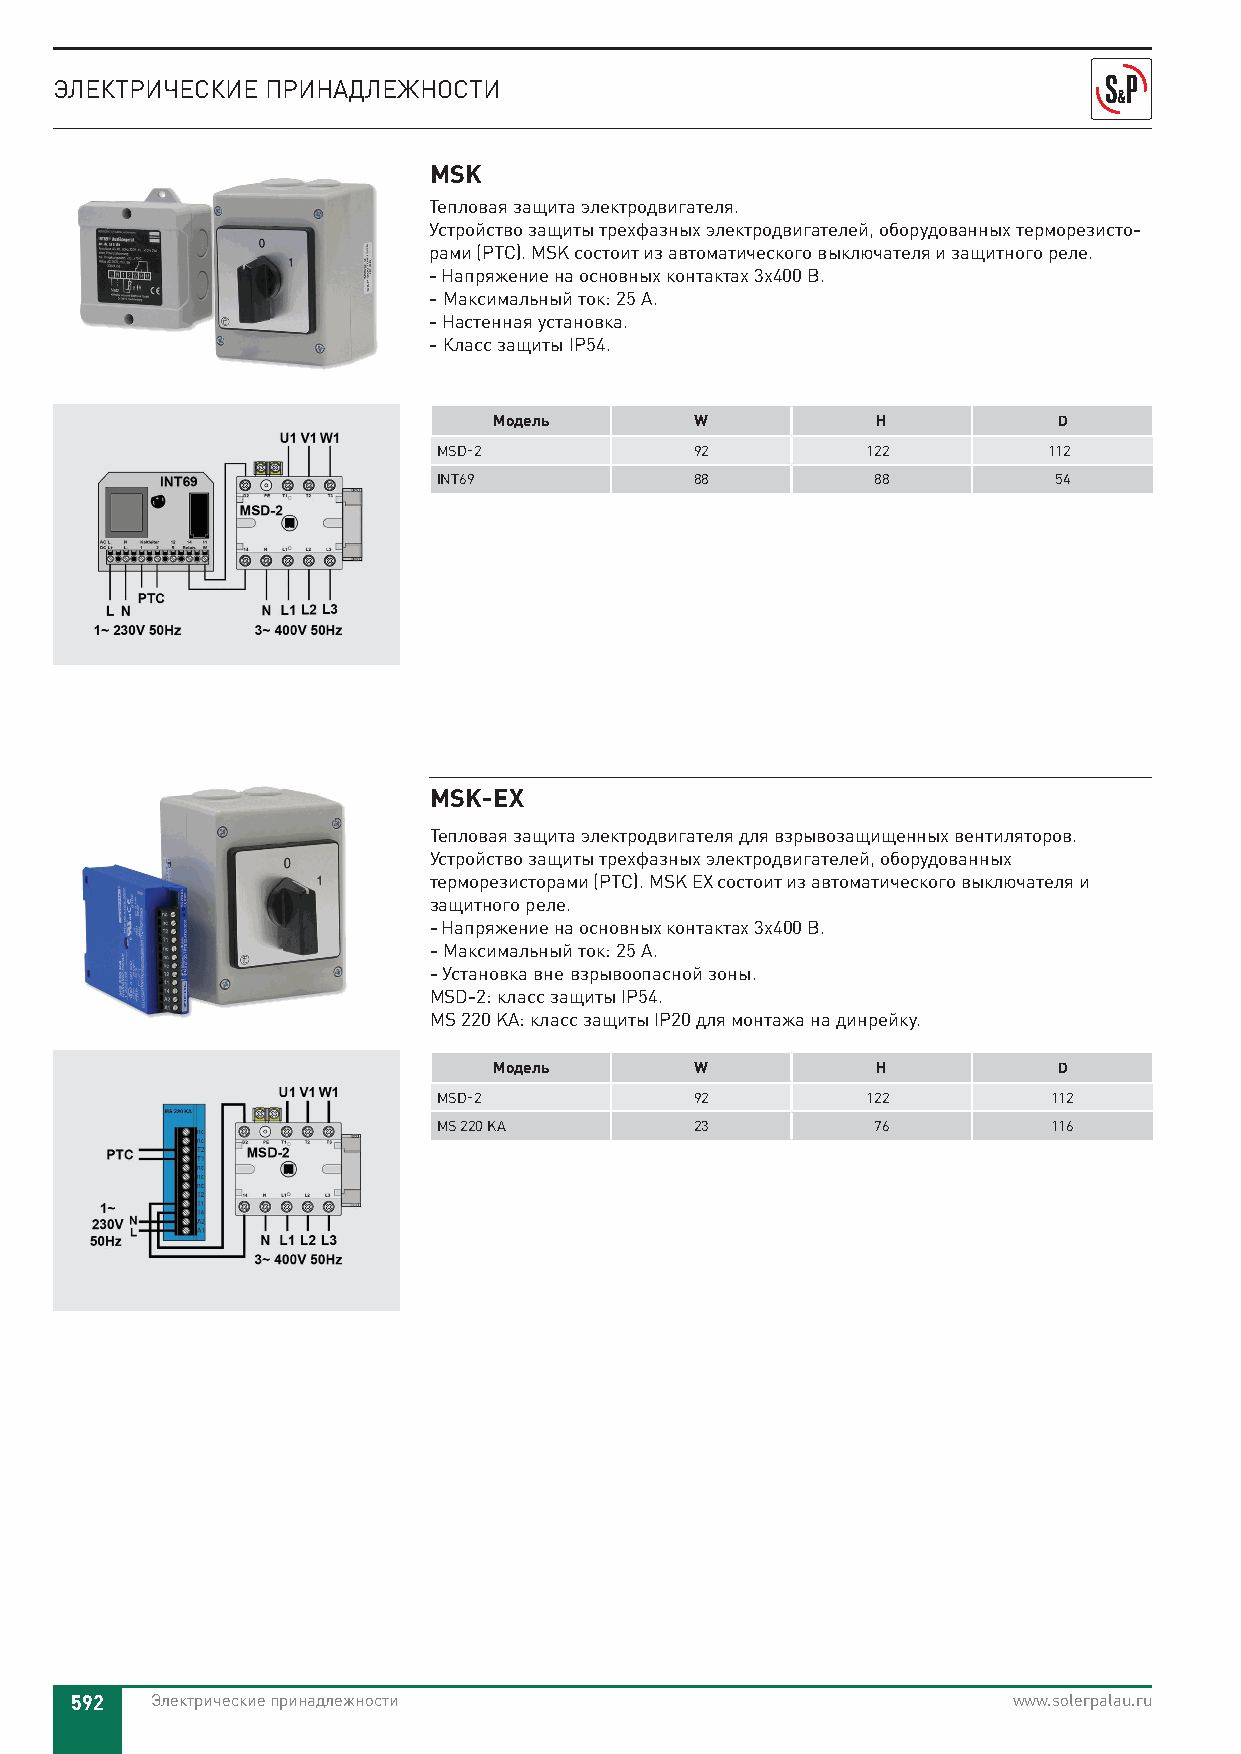
ЭЛЕКТРИЧЕСКИЕ ПРИНАДЛЕЖНОСТИ
 MSK
 Тепловая защита электродвигателя.
 Устройство защиты трехфазных электродвигателей, оборудованных терморезисто-
 рами (PTC). MSK состоит из автоматического выключателя и защитного реле.
 - Напряжение на основных контактах 3х400 В.
 - Максимальный ток: 25 A.
 - Настенная установка.
 - Класс защиты IP54.
 Модель       W           H           D
 MSD-2            92         122         112
 INT69            88          88          54
 MSK-EX
 Тепловая защита электродвигателя для взрывозащищенных вентиляторов.
 Устройство защиты трехфазных электродвигателей, оборудованных
 терморезисторами (PTC). MSK EX состоит из автоматического выключателя и
 защитного реле.
 - Напряжение на основных контактах 3х400 В.
 - Максимальный ток: 25 A.
 - Установка вне взрывоопасной зоны.
 MSD-2: класс защиты IP54.
 MS 220 KA: класс защиты IP20 для монтажа на динрейку.
 Модель       W           H           D
 MSD-2            92         122          112
 MS 220 KA        23          76          116
 592  Электрические принадлежности                             www.solerpalau.ru